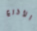
الأذرع